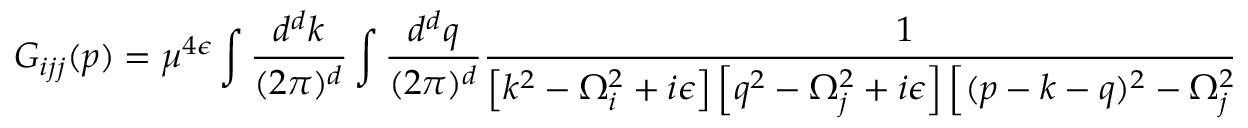
G _ { i j j } ( p ) = \mu ^ { 4 \epsilon } \int \frac { d ^ { d } k } { ( 2 \pi ) ^ { d } } \int \frac { d ^ { d } q } { ( 2 \pi ) ^ { d } } \frac { 1 } { \left[ k ^ { 2 } - \Omega _ { i } ^ { 2 } + i \epsilon \right] \left[ q ^ { 2 } - \Omega _ { j } ^ { 2 } + i \epsilon \right] \left[ ( p - k - q ) ^ { 2 } - \Omega _ { j } ^ { 2 } + i \epsilon \right] } \; .